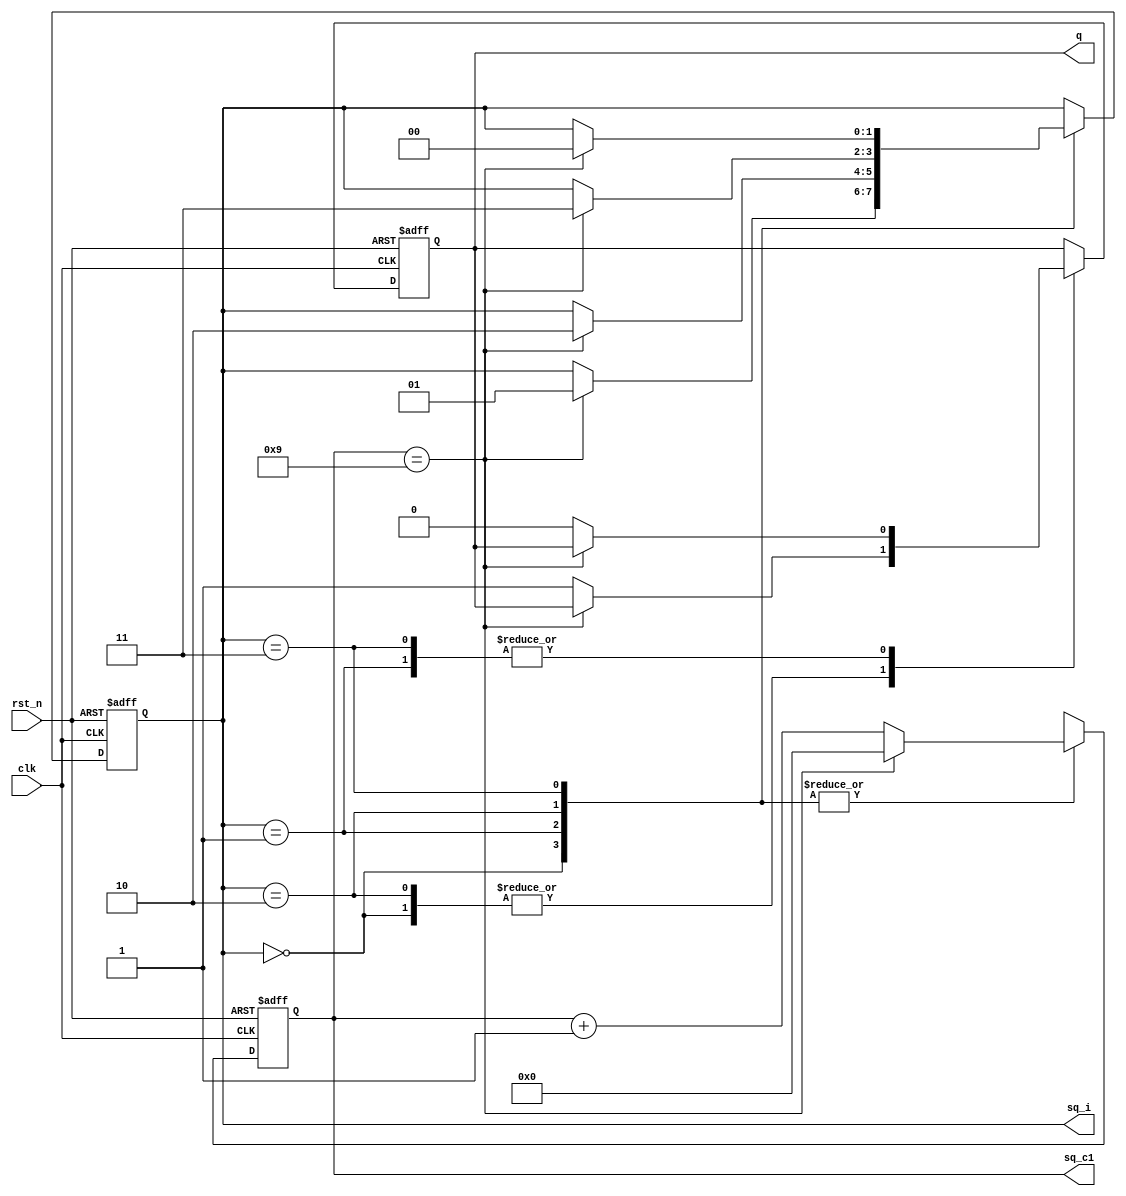
module clb_module
(
    input clk,
    input rst_n,
    
    output q,
    
    output [4:0] sq_c1,
    output [1:0] sq_i
);

    reg [1:0] i;
    reg [4:0] c1;
    reg rQ;
    
    always @(posedge clk or negedge rst_n)
    begin
        if(~rst_n)
        begin
            i <= 2'd0;
            c1 <= 5'd0;
            rQ <= 1'b0;
        end
        else
        begin
            case(i)
            
                0:
                if(c1 == 10-1)
                begin
                    c1 <= 5'd0;
                    i <= 1;
                end
                else
                begin
                    c1 <= c1 + 1'b1;
                    rQ <= 1'b1;
                end
                
                1:
                if(c1 == 10-1)
                begin
                    c1 <= 5'd0;
                    i <= 2;
                end
                else
                begin
                    c1 <= c1 + 1'b1;
                    rQ <= 1'b0;
                end
                
                2:
                if(c1 == 10-1)
                begin
                    c1 <= 5'd0;
                    i <= 3;
                end
                else
                begin
                    c1 <= c1 + 1'b1;
                    rQ <= 1'b1;
                end
                
                3:
                if(c1 == 10-1)
                begin
                    c1 <= 5'd0;
                    i <= 0;
                end
                else
                begin
                    c1 <= c1 + 1'b1;
                    rQ <= 1'b0;
                end
            
            endcase
        end
    end
    
    assign q = rQ;
    
    assign sq_i = i;
    assign sq_c1 = c1;
    
endmodule